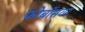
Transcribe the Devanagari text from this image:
फोबॉसवर